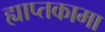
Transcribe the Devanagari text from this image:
ह्याप्तकामा